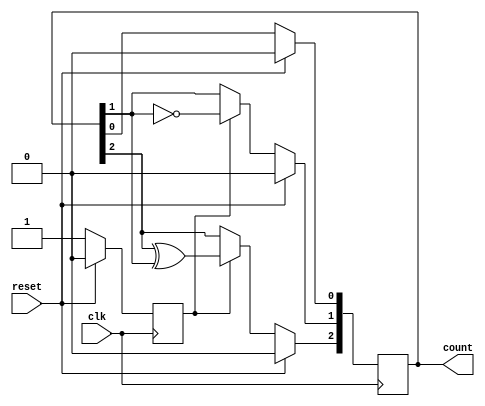
`timescale 1ns / 1ps
/* /////////////////////////////////////////////////////////////////////////////////

Question: 2

Even-counter

If reset is 1 at posedge clk, output is reset to 0.
If reset is 0, output periodically counts up by 2 units starting at 0 every clock-cycle.
When reset is changed from 1->0, the counter starts counting from 0 the next from the subsequent posedge of clock.

*/ /////////////////////////////////////////////////////////////////////////////////
module evenCounter(
    input clk,
    input reset,
    output reg [2:0] count
    );
	 reg flag = 0;

	always @ (posedge clk) begin
	
		if (~reset) begin
		
			if(flag) begin
				count[0] <= count[0];
				count[1] <= ~count[1];
				count[2] <= (count[2] ^ count[1]);
			end
			
			else begin
				flag <= 1'b1;
			end
		end
		
		else begin
			count <= 3'b0;
			flag <= 1'b0;
		end
	end

endmodule